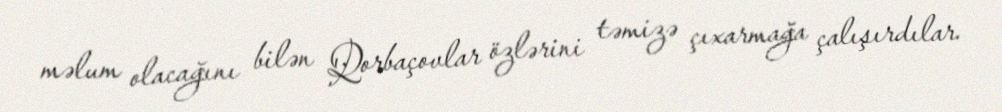
məlum olacağını bilən Qorbaçovlar özlərini təmizə çıxarmağa çalışırdılar.